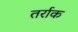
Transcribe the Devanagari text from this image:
तर्राक